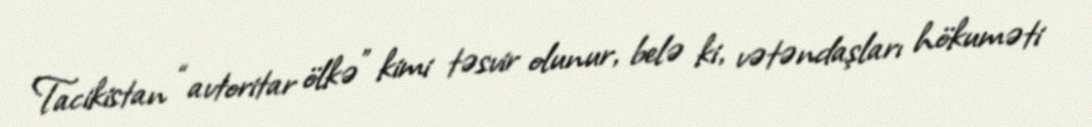
Tacikistan “avtoritar ölkə” kimi təsvir olunur, belə ki, vətəndaşları hökuməti